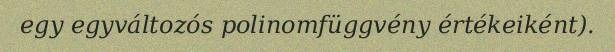
egy egyváltozós polinomfüggvény értékeiként).